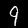
Label: 9